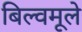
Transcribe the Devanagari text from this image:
बिल्वमूले